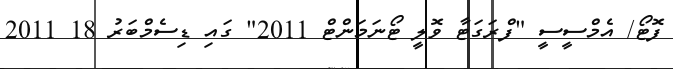
ފޮޓޯ/ އެމްސީސީ "ފްރަގަޓާ ވޮލީ ޓޯނަމަންޓް 2011" ގައި ޑިސެމްބަރު 18 2011